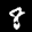
Label: 8